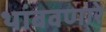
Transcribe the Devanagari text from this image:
थांबवणारे